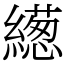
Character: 繱